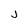
Character: J